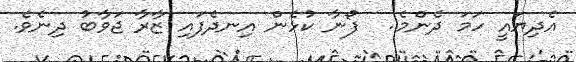
އެދިޔައީ ހަމަ ދެންމެ..  ފޯނާ ކުޅެން އިނދެފައި ޒާރާ ޖަވާބު ދިނެވެ.